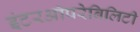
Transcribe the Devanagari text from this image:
इंटरऑपरेबिलिटी